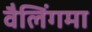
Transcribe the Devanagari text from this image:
वैलिंगमा